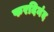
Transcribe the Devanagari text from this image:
फरदिनंद